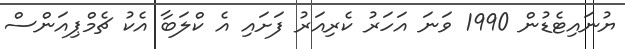
ޔުނައިޓެޑުން 1990 ވަނަ އަހަރު ކެރިއަރު ފަށައި އެ ކްލަބާ އެކު ޗެމްޕިއަންސް